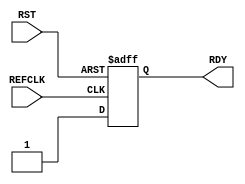
module IDELAYCTRL (output reg RDY,
                    input wire REFCLK, RST

  
   );

   
   always @ (posedge REFCLK or posedge RST)
     if(RST)
       RDY <= 1'b0;
     else
       RDY <= 1'b1; //one clock cycle on REFCLK
   
endmodule // IDELAYCTRL